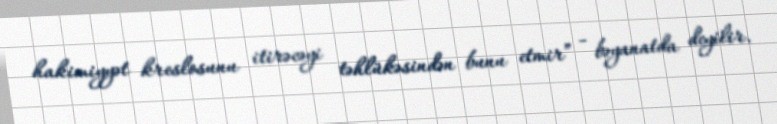
hakimiyyət kreslosunu itirəcəyi təhlükəsindən bunu etmir” - bəyanatda deyilir.